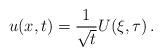
\begin{align*} u(x,t) = \frac{1}{\sqrt{t}} U(\xi,\tau) \, .\end{align*}